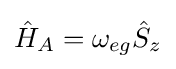
{\hat {H}}_{A}=\omega _{eg}{\hat {S}}_{z}